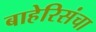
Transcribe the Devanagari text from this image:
बाहेरिसंचा